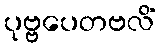
ပုဗ္ဗပေတဗလိံ